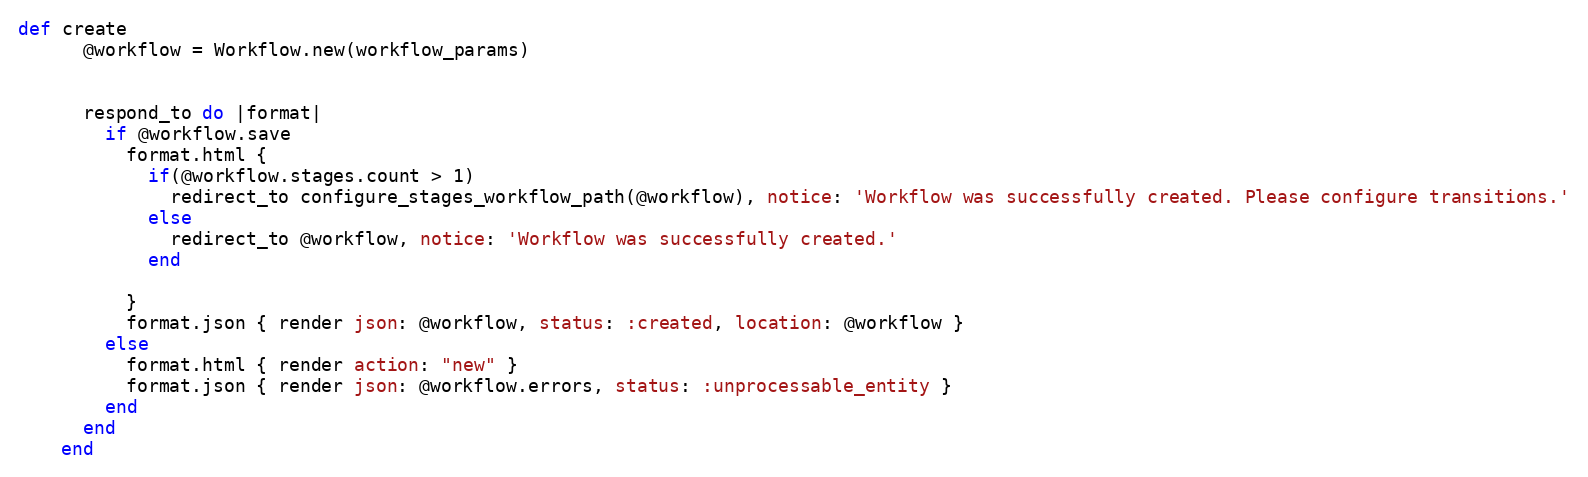
Language: Ruby
def create
      @workflow = Workflow.new(workflow_params)

      respond_to do |format|
        if @workflow.save
          format.html {
            if(@workflow.stages.count > 1)
              redirect_to configure_stages_workflow_path(@workflow), notice: 'Workflow was successfully created. Please configure transitions.'
            else
              redirect_to @workflow, notice: 'Workflow was successfully created.'
            end

          }
          format.json { render json: @workflow, status: :created, location: @workflow }
        else
          format.html { render action: "new" }
          format.json { render json: @workflow.errors, status: :unprocessable_entity }
        end
      end
    end